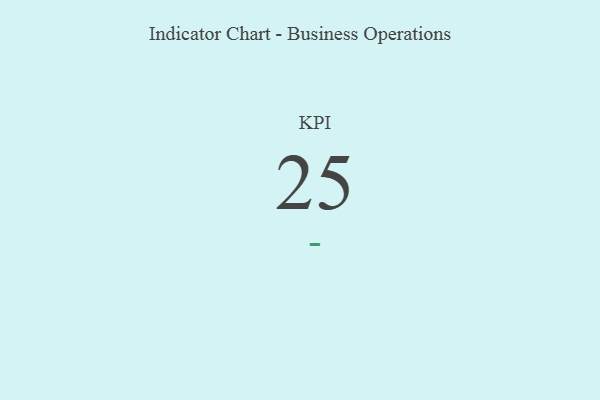
{"axis": {"x": "KPI", "y": "Value"}, "legend": [""], "data": [{"x": "KPI", "y": 25, "type": ""}]}